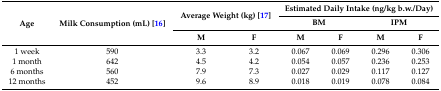
| <ROWSPAN=3> Age | <ROWSPAN=3> Milk Consumption (mL) [16] | <ROWSPAN=2-COLSPAN=2> Average Weight (kg) [17] | <COLSPAN=4> Estimated Daily Intake (ng/kg b.w./Day) |
 | <COLSPAN=2> BM | <COLSPAN=2> IPM |
 | M | F | M | F | M | F |
 | --- | --- | --- | --- | --- | --- | --- | --- |
 | 1 week | 590 | 3.3 | 3.2 | 0.067 | 0.069 | 0.296 | 0.306 |
 | 1 month | 642 | 4.5 | 4.2 | 0.054 | 0.057 | 0.236 | 0.253 |
 | 6 months | 560 | 7.9 | 7.3 | 0.027 | 0.029 | 0.117 | 0.127 |
 | 12 months | 452 | 9.6 | 8.9 | 0.018 | 0.019 | 0.078 | 0.084 |